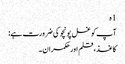
1 ہ
آپ کو غسل پونچو کی ضرورت ہے:
کاغذ ، قلم اور حکمران۔